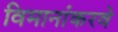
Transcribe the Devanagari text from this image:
विमानांकरवे